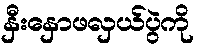
နှီးနှောဖလှယ်ပွဲကို